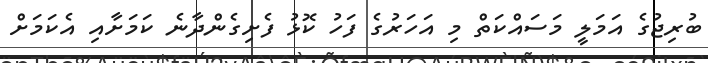
ބުރިޖުގެ އަމަލީ މަސައްކަތް މި އަހަރުގެ ފަހު ކޮޅު ފެށިގެންދާނެ ކަމަށާއި އެކަމަށް